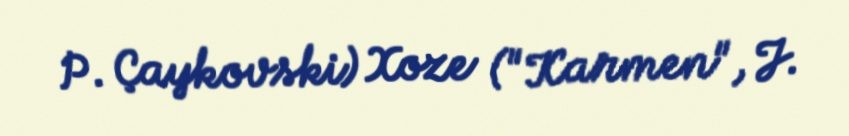
P. Çaykovski) Xoze ("Karmen", J.